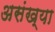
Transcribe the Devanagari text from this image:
असंख्या